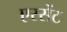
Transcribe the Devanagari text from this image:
एस्सेंट